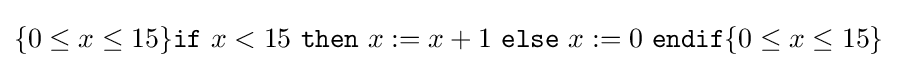
\{0\leq x\leq 15\}{\texttt {if}}\ x<15\ {\texttt {then}}\ x:=x+1\ {\texttt {else}}\ x:=0\ {\texttt {endif}}\{0\leq x\leq 15\}